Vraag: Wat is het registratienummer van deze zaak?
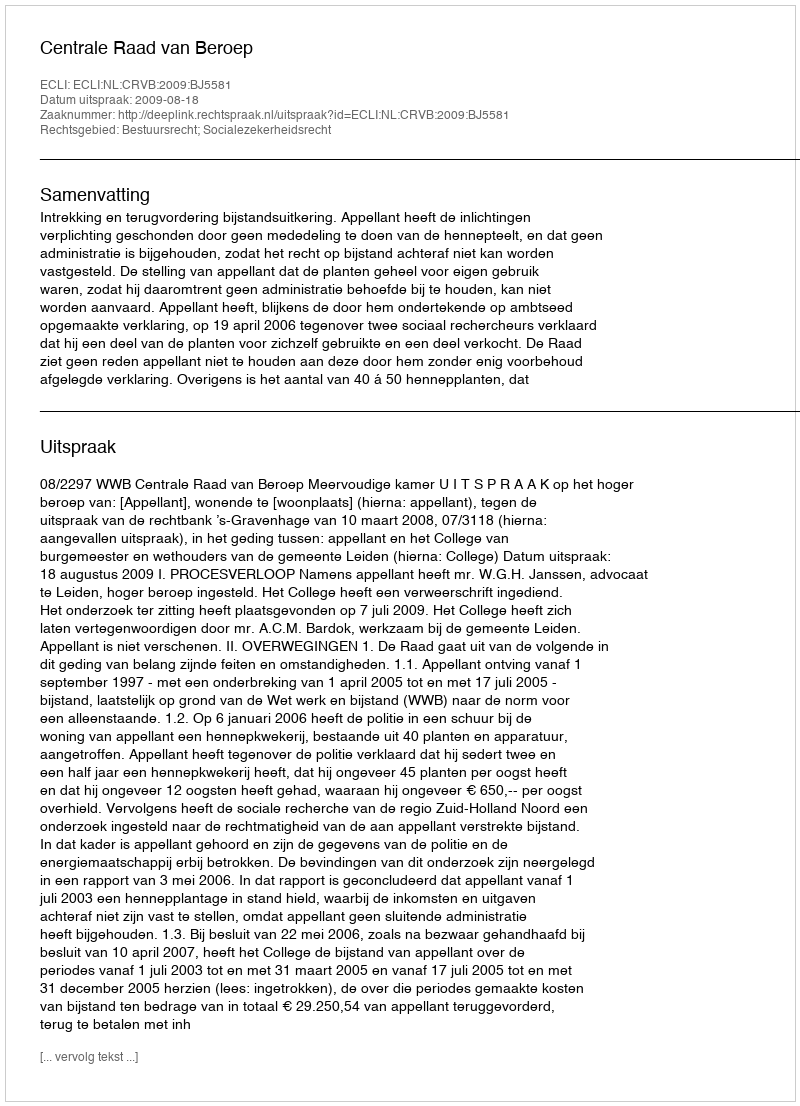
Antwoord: http://deeplink.rechtspraak.nl/uitspraak?id=ECLI:NL:CRVB:2009:BJ5581